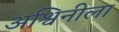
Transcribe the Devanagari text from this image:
अश्विनीला